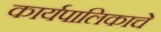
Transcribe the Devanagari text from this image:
कार्यपालिकाचे